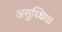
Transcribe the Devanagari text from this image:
असुध्धिया